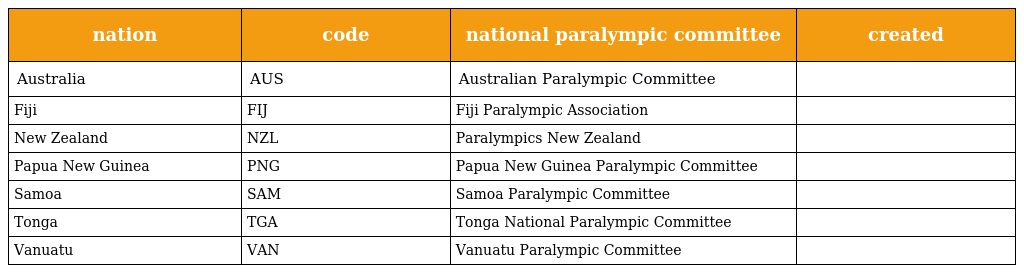
| nation | code | national paralympic committee | created |
 | --- | --- | --- | --- |
 | Australia | AUS | Australian Paralympic Committee |  |
 | Fiji | FIJ | Fiji Paralympic Association |  |
 | New Zealand | NZL | Paralympics New Zealand |  |
 | Papua New Guinea | PNG | Papua New Guinea Paralympic Committee |  |
 | Samoa | SAM | Samoa Paralympic Committee |  |
 | Tonga | TGA | Tonga National Paralympic Committee |  |
 | Vanuatu | VAN | Vanuatu Paralympic Committee |  |